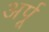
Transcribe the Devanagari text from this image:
अर्पू